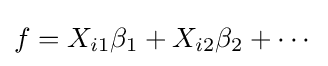
f=X_{i1}\beta _{1}+X_{i2}\beta _{2}+\cdots